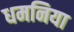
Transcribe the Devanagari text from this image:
धमनिया